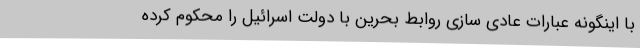
با اینگونه عبارات عادی سازی روابط بحرین با دولت اسرائیل را محکوم کرده